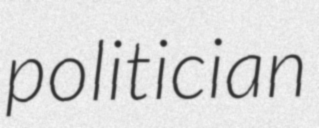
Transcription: politician